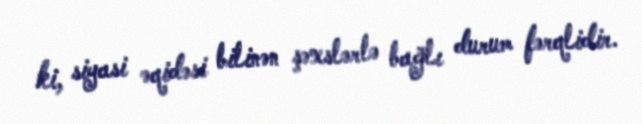
ki, siyasi əqidəsi bilinən şəxslərlə bağlı durum fərqlidir.